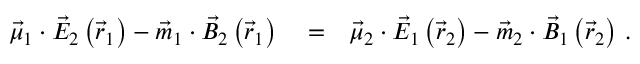
\begin{array} { r l r } { \vec { \mu } _ { 1 } \cdot \vec { E } _ { 2 } \left( \vec { r } _ { 1 } \right) - \vec { m } _ { 1 } \cdot \vec { B } _ { 2 } \left( \vec { r } _ { 1 } \right) } & { { } = } & { \vec { \mu } _ { 2 } \cdot \vec { E } _ { 1 } \left( \vec { r } _ { 2 } \right) - \vec { m } _ { 2 } \cdot \vec { B } _ { 1 } \left( \vec { r } _ { 2 } \right) \, . } \end{array}